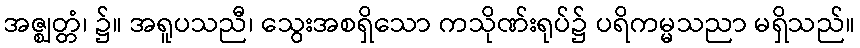
အဇ္ဈတ္တံ၊ ၌။ အရူပသညီ၊ သွေးအစရှိသော ကသိုဏ်းရုပ်၌ ပရိကမ္မသညာ မရှိသည်။